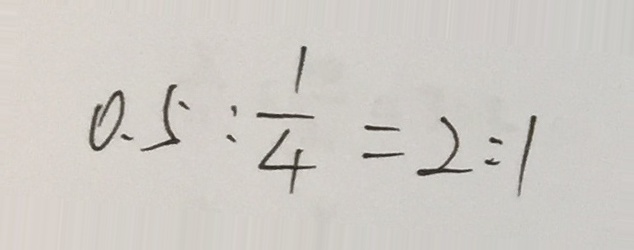
0 . 5 : \frac { 1 } { 4 } = 2 : 1